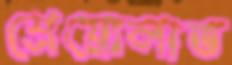
শ্রেয়োলাভ